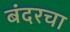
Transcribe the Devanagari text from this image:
बंदरचा